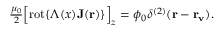
\begin{array} { r } { \frac { \mu _ { 0 } } { 2 } \Bigl [ \mathrm { r o t } \{ \Lambda ( x ) { \bf J } ( { \bf r } ) \} \Bigr ] _ { z } = \phi _ { 0 } \delta ^ { ( 2 ) } ( { \bf r } - { \bf r _ { v } } ) . } \end{array}